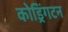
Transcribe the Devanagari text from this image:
कोड्रिंगटन